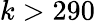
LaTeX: k>290